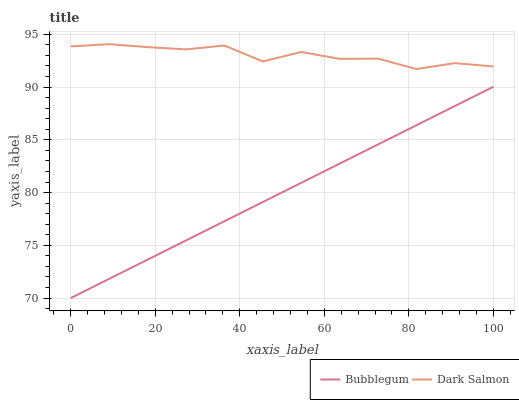
| xaxis_label | Bubblegum | Dark Salmon |
 | --- | --- | --- |
 | 0 | 70 | 93.9 |
 | 9.09 | 71.8 | 94.1 |
 | 18.2 | 73.6 | 93.8 |
 | 27.3 | 75.5 | 93.6 |
 | 36.4 | 77.3 | 93.9 |
 | 45.5 | 79.1 | 92.4 |
 | 54.5 | 80.9 | 93.3 |
 | 63.6 | 82.7 | 92.7 |
 | 72.7 | 84.6 | 92.7 |
 | 81.8 | 86.4 | 91.7 |
 | 90.9 | 88.2 | 92.3 |
 | 100 | 90 | 92 |